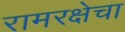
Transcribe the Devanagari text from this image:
रामरक्षेचा